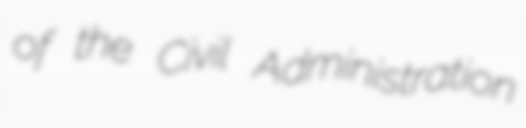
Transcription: of the Civil Administration